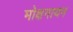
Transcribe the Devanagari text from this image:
मोक्षगायन